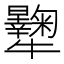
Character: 𤜔